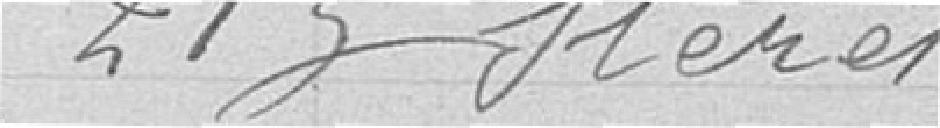
213 stères